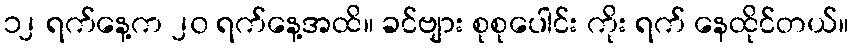
၁၂ ရက်နေ့က ၂၀ ရက်နေ့အထိ။ ခင်ဗျား စုစုပေါင်း ကိုး ရက် နေထိုင်တယ်။